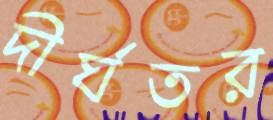
দীর্ঘতর